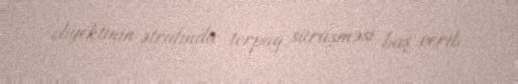
obyektinin ətrafında torpaq sürüşməsi baş verib.